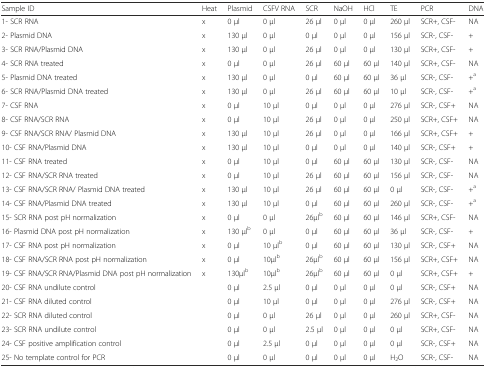
<table><thead><tr><td><b>Sample ID</b></td><td><b>Heat</b></td><td><b>Plasmid</b></td><td><b>CSFV RNA</b></td><td><b>SCR</b></td><td><b>NaOH</b></td><td><b>HCl</b></td><td><b>TE</b></td><td><b>PCR</b></td><td><b>DNA</b></td></tr></thead><tbody><tr><td>1- SCR RNA</td><td>x</td><td>0 μl</td><td>0 μl</td><td>26 μl</td><td>0 μl</td><td>0 μl</td><td>260 μl</td><td>SCR+, CSF-</td><td>NA</td></tr><tr><td>2- Plasmid DNA</td><td>x</td><td>130 μl</td><td>0 μl</td><td>0 μl</td><td>0 μl</td><td>0 μl</td><td>156 μl</td><td>SCR-, CSF-</td><td>+</td></tr><tr><td>3- SCR RNA/Plasmid DNA</td><td>x</td><td>130 μl</td><td>0 μl</td><td>26 μl</td><td>0 μl</td><td>0 μl</td><td>130 μl</td><td>SCR+, CSF-</td><td>+</td></tr><tr><td>4- SCR RNA treated</td><td>x</td><td>0 μl</td><td>0 μl</td><td>26 μl</td><td>60 μl</td><td>60 μl</td><td>140 μl</td><td>SCR+, CSF-</td><td>NA</td></tr><tr><td>5- Plasmid DNA treated</td><td>x</td><td>130 μl</td><td>0 μl</td><td>0 μl</td><td>60 μl</td><td>60 μl</td><td>36 μl</td><td>SCR-, CSF-</td><td>+<sup>a</sup></td></tr><tr><td>6- SCR RNA/Plasmid DNA treated</td><td>x</td><td>130 μl</td><td>0 μl</td><td>26 μl</td><td>60 μl</td><td>60 μl</td><td>10 μl</td><td>SCR-, CSF-</td><td>+<sup>a</sup></td></tr><tr><td>7- CSF RNA</td><td>x</td><td>0 μl</td><td>10 μl</td><td>0 μl</td><td>0 μl</td><td>0 μl</td><td>276 μl</td><td>SCR-, CSF+</td><td>NA</td></tr><tr><td>8- CSF RNA/SCR RNA</td><td>x</td><td>0 μl</td><td>10 μl</td><td>26 μl</td><td>0 μl</td><td>0 μl</td><td>250 μl</td><td>SCR+, CSF+</td><td>NA</td></tr><tr><td>9- CSF RNA/SCR RNA/ Plasmid DNA</td><td>x</td><td>130 μl</td><td>10 μl</td><td>26 μl</td><td>0 μl</td><td>0 μl</td><td>166 μl</td><td>SCR+, CSF+</td><td>+</td></tr><tr><td>10- CSF RNA/Plasmid DNA</td><td>x</td><td>130 μl</td><td>10 μl</td><td>0 μl</td><td>0 μl</td><td>0 μl</td><td>140 μl</td><td>SCR-, CSF+</td><td>+</td></tr><tr><td>11- CSF RNA treated</td><td>x</td><td>0 μl</td><td>10 μl</td><td>0 μl</td><td>60 μl</td><td>60 μl</td><td>130 μl</td><td>SCR-, CSF-</td><td>NA</td></tr><tr><td>12- CSF RNA/SCR RNA treated</td><td>x</td><td>0 μl</td><td>10 μl</td><td>26 μl</td><td>60 μl</td><td>60 μl</td><td>156 μl</td><td>SCR-, CSF-</td><td>NA</td></tr><tr><td>13- CSF RNA/SCR RNA/ Plasmid DNA treated</td><td>x</td><td>130 μl</td><td>10 μl</td><td>26 μl</td><td>60 μl</td><td>60 μl</td><td>0 μl</td><td>SCR-, CSF-</td><td>+<sup>a</sup></td></tr><tr><td>14- CSF RNA/Plasmid DNA treated</td><td>x</td><td>130 μl</td><td>10 μl</td><td>0 μl</td><td>60 μl</td><td>60 μl</td><td>260 μl</td><td>SCR-, CSF-</td><td>+<sup>a</sup></td></tr><tr><td>15- SCR RNA post pH normalization</td><td>x</td><td>0 μl</td><td>0 μl</td><td>26μl<sup>b</sup></td><td>60 μl</td><td>60 μl</td><td>146 μl</td><td>SCR+, CSF-</td><td>NA</td></tr><tr><td>16- Plasmid DNA post pH normalization</td><td>x</td><td>130 μl<sup>b</sup></td><td>0 μl</td><td>0 μl</td><td>60 μl</td><td>60 μl</td><td>36 μl</td><td>SCR-, CSF-</td><td>+</td></tr><tr><td>17- CSF RNA post pH normalization</td><td>x</td><td>0 μl</td><td>10 μl<sup>b</sup></td><td>0 μl</td><td>60 μl</td><td>60 μl</td><td>130 μl</td><td>SCR-, CSF+</td><td>NA</td></tr><tr><td>18- CSF RNA/SCR RNA post pH normalization</td><td>x</td><td>0 μl</td><td>10μl<sup>b</sup></td><td>26μl<sup>b</sup></td><td>60 μl</td><td>60 μl</td><td>156 μl</td><td>SCR+, CSF+</td><td>NA</td></tr><tr><td>19- CSF RNA/SCR RNA/Plasmid DNA post pH normalization</td><td>x</td><td>130μl<sup>b</sup></td><td>10μl<sup>b</sup></td><td>26μl<sup>b</sup></td><td>60 μl</td><td>60 μl</td><td>0 μl</td><td>SCR+, CSF+</td><td>+</td></tr><tr><td>20- CSF RNA undilute control</td><td></td><td>0 μl</td><td>2.5 μl</td><td>0 μl</td><td>0 μl</td><td>0 μl</td><td>0 μl</td><td>SCR-, CSF+</td><td>NA</td></tr><tr><td>21- CSF RNA diluted control</td><td></td><td>0 μl</td><td>10 μl</td><td>0 μl</td><td>0 μl</td><td>0 μl</td><td>276 μl</td><td>SCR-, CSF+</td><td>NA</td></tr><tr><td>22- SCR RNA diluted control</td><td></td><td>0 μl</td><td>0 μl</td><td>26 μl</td><td>0 μl</td><td>0 μl</td><td>260 μl</td><td>SCR+, CSF-</td><td>NA</td></tr><tr><td>23- SCR RNA undilute control</td><td></td><td>0 μl</td><td>0 μl</td><td>2.5 μl</td><td>0 μl</td><td>0 μl</td><td>0 μl</td><td>SCR+, CSF-</td><td>NA</td></tr><tr><td>24- CSF positive amplification control</td><td></td><td>0 μl</td><td>2.5 μl</td><td>0 μl</td><td>0 μl</td><td>0 μl</td><td>0 μl</td><td>SCR-, CSF+</td><td>NA</td></tr><tr><td>25- No template control for PCR</td><td></td><td>0 μl</td><td>0 μl</td><td>0 μl</td><td>0 μl</td><td>0 μl</td><td>H<sub>2</sub>O</td><td>SCR-, CSF-</td><td>NA</td></tr></tbody></table>